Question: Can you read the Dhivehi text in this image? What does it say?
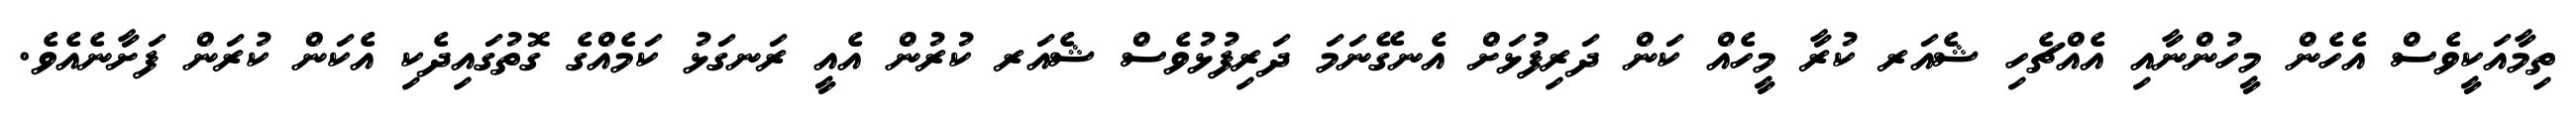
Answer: ތިމާއަކީވެސް އެހެން މީހުންނާއި އެއްޗެހި ޝެއަރ ކުރާ މީހެއް ކަން ދަރިފުޅަށް އެނގޭނަމަ ދަރިފުޅުވެސް ޝެއަރ ކުރުން އެއީ ރަނގަޅު ކަމެއްގެ ގޮތުގައިދެކި އެކަން ކުރަން ފަށާނެއެވެ.